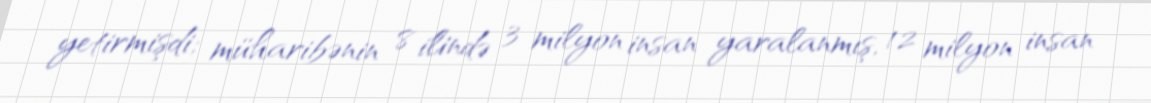
yetirmişdi; müharibənin 8 ilində 3 milyon insan yaralanmış, 12 milyon insan